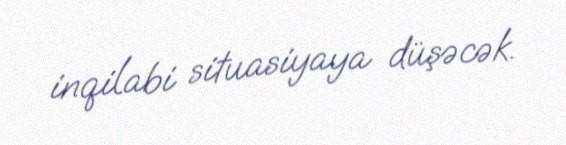
inqilabi situasiyaya düşəcək.